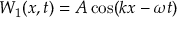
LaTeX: W _ { 1 } ( x , t ) = A \cos ( k x - \omega t )